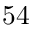
5 4